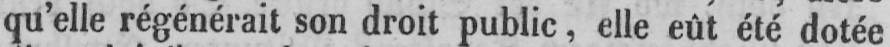
qu’elle régénérait son droit public, elle eût été dotée